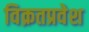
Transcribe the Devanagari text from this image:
विक्रतप्रवेश